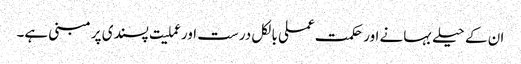
ان کے حیلے بہانے اور حکمت عملی بالکل درست اور عملیت پسندی پر مبنی ہے۔